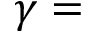
\gamma =